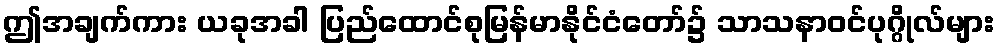
ဤအချက်ကား ယခုအခါ ပြည်ထောင်စုမြန်မာနိုင်ငံတော်၌ သာသနာဝင်ပုဂ္ဂိုလ်များ